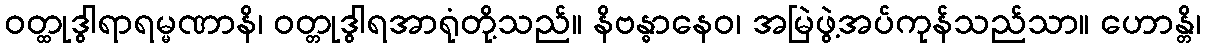
ဝတ္ထုဒွါရာရမ္မဏာနိ၊ ဝတ္တုဒွါရအာရုံတို့သည်။ နိဗန္ဓာနေဝ၊ အမြဲဖွဲ့အပ်ကုန်သည်သာ။ ဟောန္တိ၊